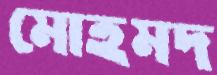
মোহমদ